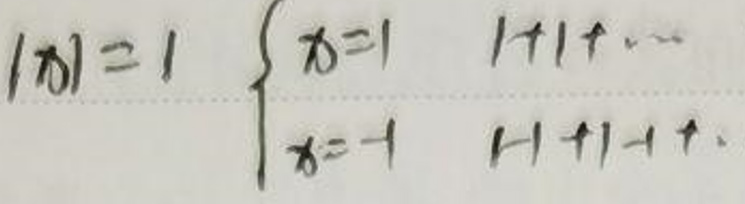
\begin{align*}
|x| = 1 \Rightarrow \begin{cases}
x = 1, & 1 + 1 + 1 + \cdots\\
x = -1, & 1 - 1 + 1 - 1 + \cdots
\end{cases}
\end{align*}